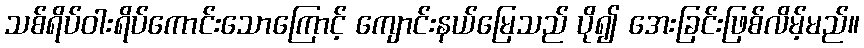
သစ်ရိပ်ဝါးရိပ်ကောင်းသောကြောင့် ကျောင်းနယ်မြေသည် ပို၍ အေးခြင်းဖြစ်လိမ့်မည်။